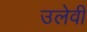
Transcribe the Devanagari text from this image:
उलेवी